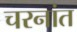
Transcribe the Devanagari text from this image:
चरनांत